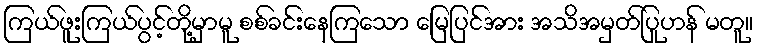
ကြယ်ဖူးကြယ်ပွင့်တို့မှာမူ စစ်ခင်းနေကြသော မြေပြင်အား အသိအမှတ်ပြုဟန် မတူ။